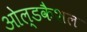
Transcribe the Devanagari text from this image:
ओल्डकैशल